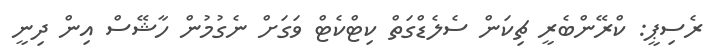
ރެސިޕީ: ކްރޭންބެރީ ޗިކަން ސެލެޑްގަތް ކިޓްކެޓް ވަގަށް ނެގުމުން ހާޝޭސް އިން ދިނީ